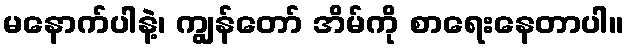
မနောက်ပါနဲ့၊ ကျွန်တော် အိမ်ကို စာရေးနေတာပါ။